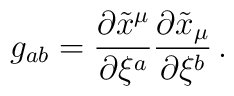
g_{ab} = \frac{\partial \tilde x^\mu}{\partial \xi^a}\frac{\partial \tilde x_\mu}{\partial \xi^b} \,.